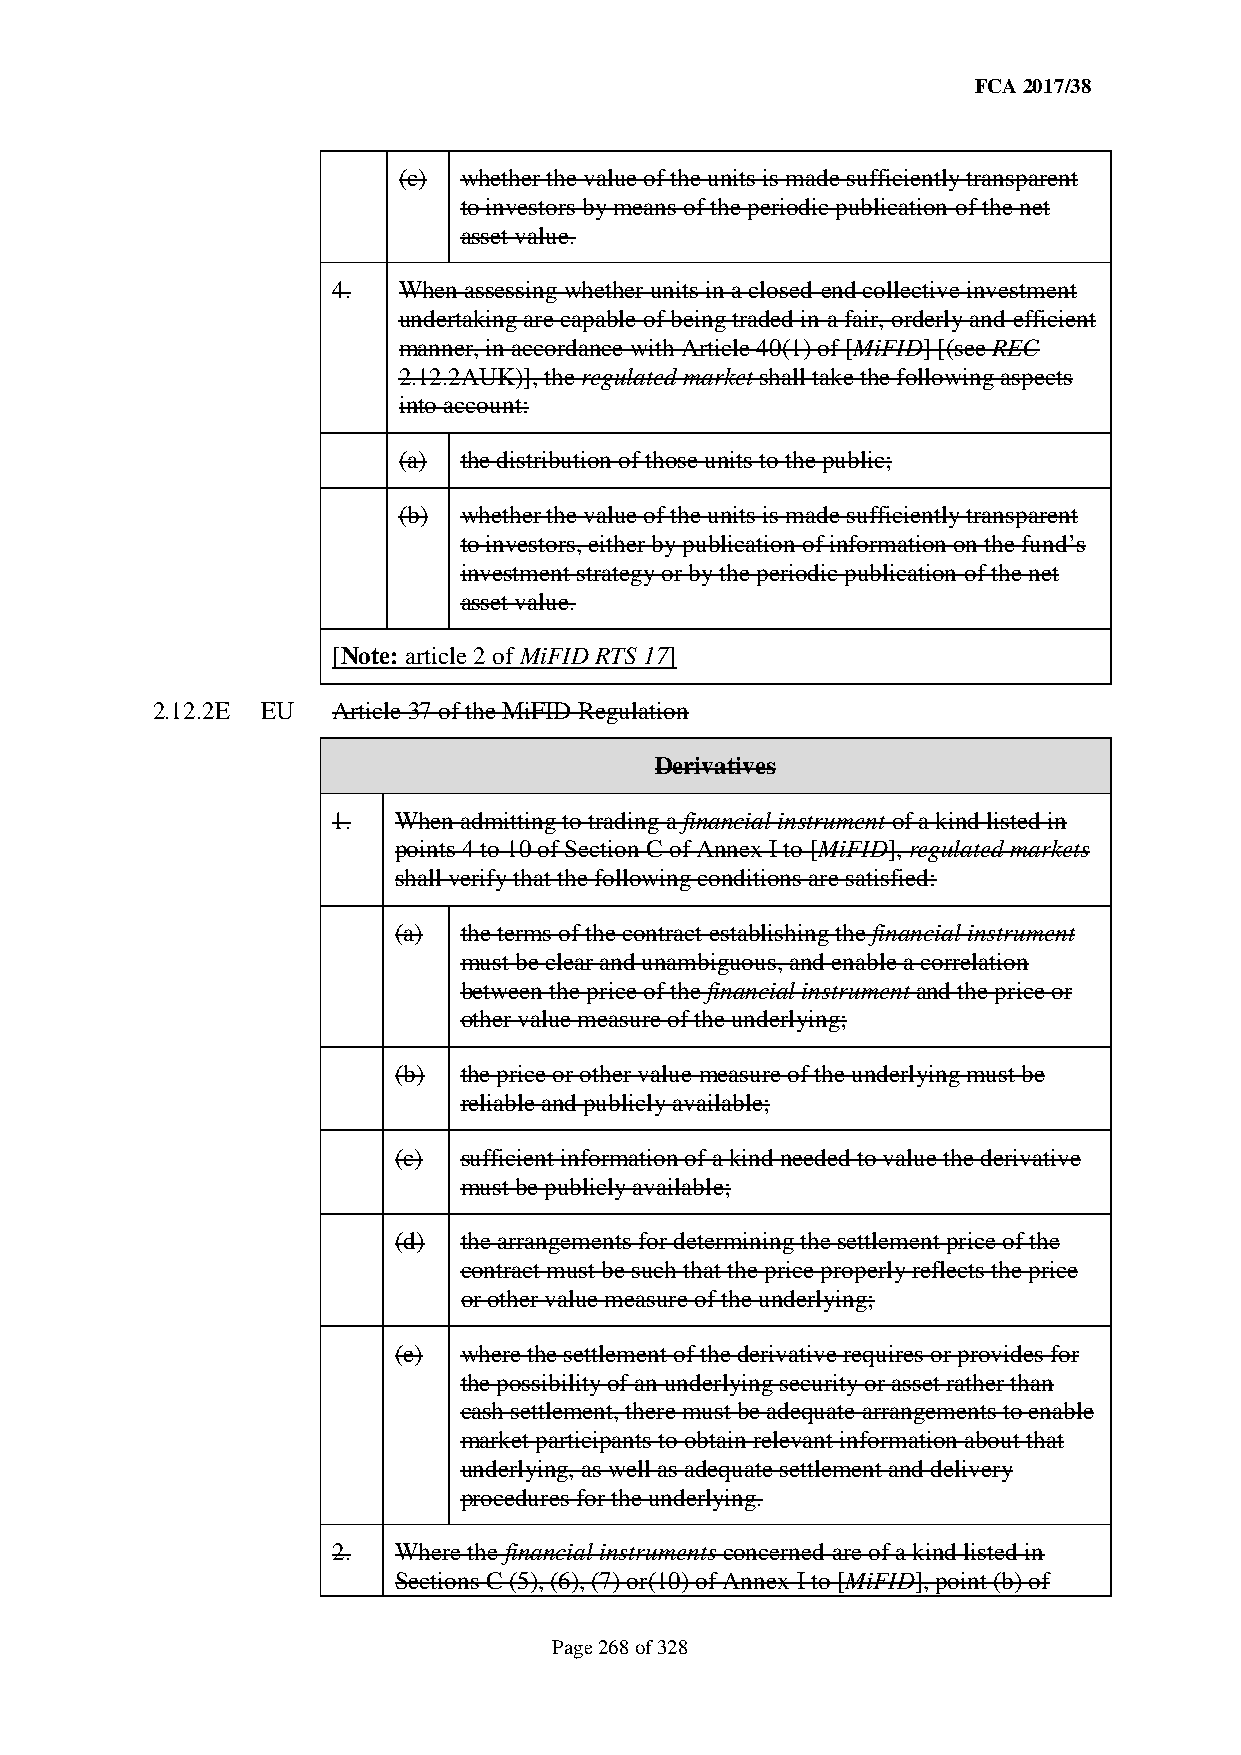
FCA 2017/38
 (c) whether the value of the units is made sufficiently transparent
 to investors by means of the periodic publication of the net
 asset value.
 4.  When assessing whether units in a closed-end collective investment
 undertaking are capable of being traded in a fair, orderly and efficient
 manner, in accordance with Article 40(1) of [MiFID] [(see REC
 2.12.2AUK)], the regulated market shall take the following aspects
 into account:
 (a) the distribution of those units to the public;
 (b) whether the value of the units is made sufficiently transparent
 to investors, either by publication of information on the fund’s
 investment strategy or by the periodic publication of the net
 asset value.
 [Note: article 2 of MiFID RTS 17]
 2.12.2E EU  Article 37 of the MiFID Regulation
 Derivatives
 1.  When admitting to trading a financial instrument of a kind listed in
 points 4 to 10 of Section C of Annex I to [MiFID], regulated markets
 shall verify that the following conditions are satisfied:
 (a) the terms of the contract establishing the financial instrument
 must be clear and unambiguous, and enable a correlation
 between the price of the financial instrument and the price or
 other value measure of the underlying;
 (b) the price or other value measure of the underlying must be
 reliable and publicly available;
 (c) sufficient information of a kind needed to value the derivative
 must be publicly available;
 (d) the arrangements for determining the settlement price of the
 contract must be such that the price properly reflects the price
 or other value measure of the underlying;
 (e) where the settlement of the derivative requires or provides for
 the possibility of an underlying security or asset rather than
 cash settlement, there must be adequate arrangements to enable
 market participants to obtain relevant information about that
 underlying, as well as adequate settlement and delivery
 procedures for the underlying.
 2.  Where the financial instruments concerned are of a kind listed in
 Sections C (5), (6), (7) or(10) of Annex I to [MiFID], point (b) of
 Page 268 of 328